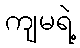
ကျမရဲ့